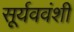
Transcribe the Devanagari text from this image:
सूर्यववंशी